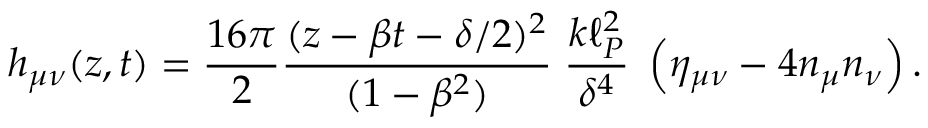
h _ { \mu \nu } ( z , t ) = { \frac { 1 6 \pi } { 2 } } { \frac { ( z - \beta t - \delta / 2 ) ^ { 2 } } { ( 1 - \beta ^ { 2 } ) } } \; { \frac { k \ell _ { P } ^ { 2 } } { \delta ^ { 4 } } } \; \left( \eta _ { \mu \nu } - 4 n _ { \mu } n _ { \nu } \right) .